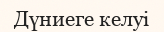
Дүниеге келуі